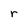
Character: r